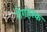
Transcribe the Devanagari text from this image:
रोगहरक